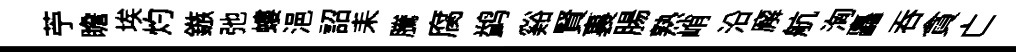
苧瞻埃灼鏃弛螻浥詔耒騰腐鹢谿賢裏腸熟峭沿廨航洶矗吞貪亡